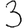
Digit: 3